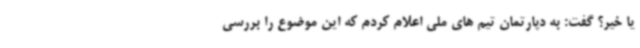
یا خیر؟ گفت: به دپارتمان تیم های ملی اعلام کردم که این موضوع را بررسی